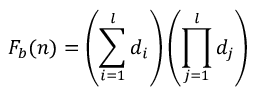
F _ { b } ( n ) = \left( \sum _ { i = 1 } ^ { l } d _ { i } \right) \left( \prod _ { j = 1 } ^ { l } d _ { j } \right)